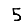
Digit: 5